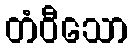
တံဝီသော